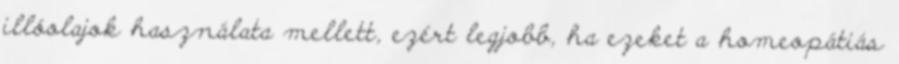
illóolajok használata mellett, ezért legjobb, ha ezeket a homeopátiás